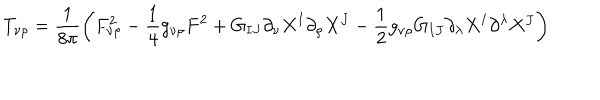
LaTeX: T _ { \nu \rho } = \frac { 1 } { 8 \pi } \left( F _ { \nu \rho } ^ { 2 } - \frac 1 4 g _ { \nu \rho } F ^ { 2 } + G _ { I J } \partial _ { \nu } X ^ { I } \partial _ { \rho } X ^ { J } - \frac 1 2 g _ { \nu \rho } G _ { I J } \partial _ { \lambda } X ^ { I } \partial ^ { \lambda } X ^ { J } \right)